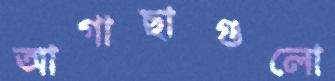
আগাছাগুলো